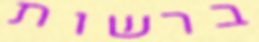
ברשות